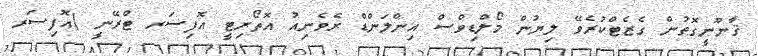
ޤާނޫނީގޮތުން ގެޒެޓްކުރެވޭ ލިޔުން މޯލްޑިވްސް އިންލަންޑް ރެވެނިއު އޮތޯރިޓީ އޮފިސަރ ޓްރޭނީ (އޮފިސަރ